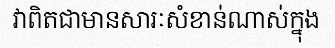
វាពិតជាមានសារៈសំខាន់ណាស់ក្នុង